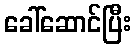
ခေါ်ဆောင်ပြီး